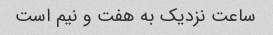
ساعت نزدیک به هفت و نیم است